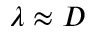
\lambda \approx D